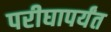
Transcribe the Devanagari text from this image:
परीघापर्यंत